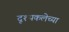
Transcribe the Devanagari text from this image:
दृश्यकलेच्या